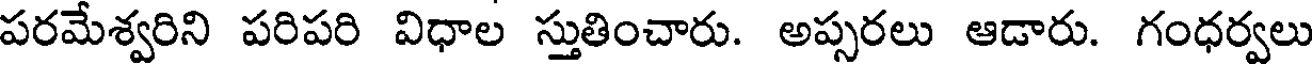
పరమేశ్వరిని పరిపరి విధాల స్తుతించారు. అప్పరలు ఆడారు. గంధర్వలు